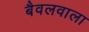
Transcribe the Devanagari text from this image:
बैवलवाला